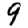
Digit: 9